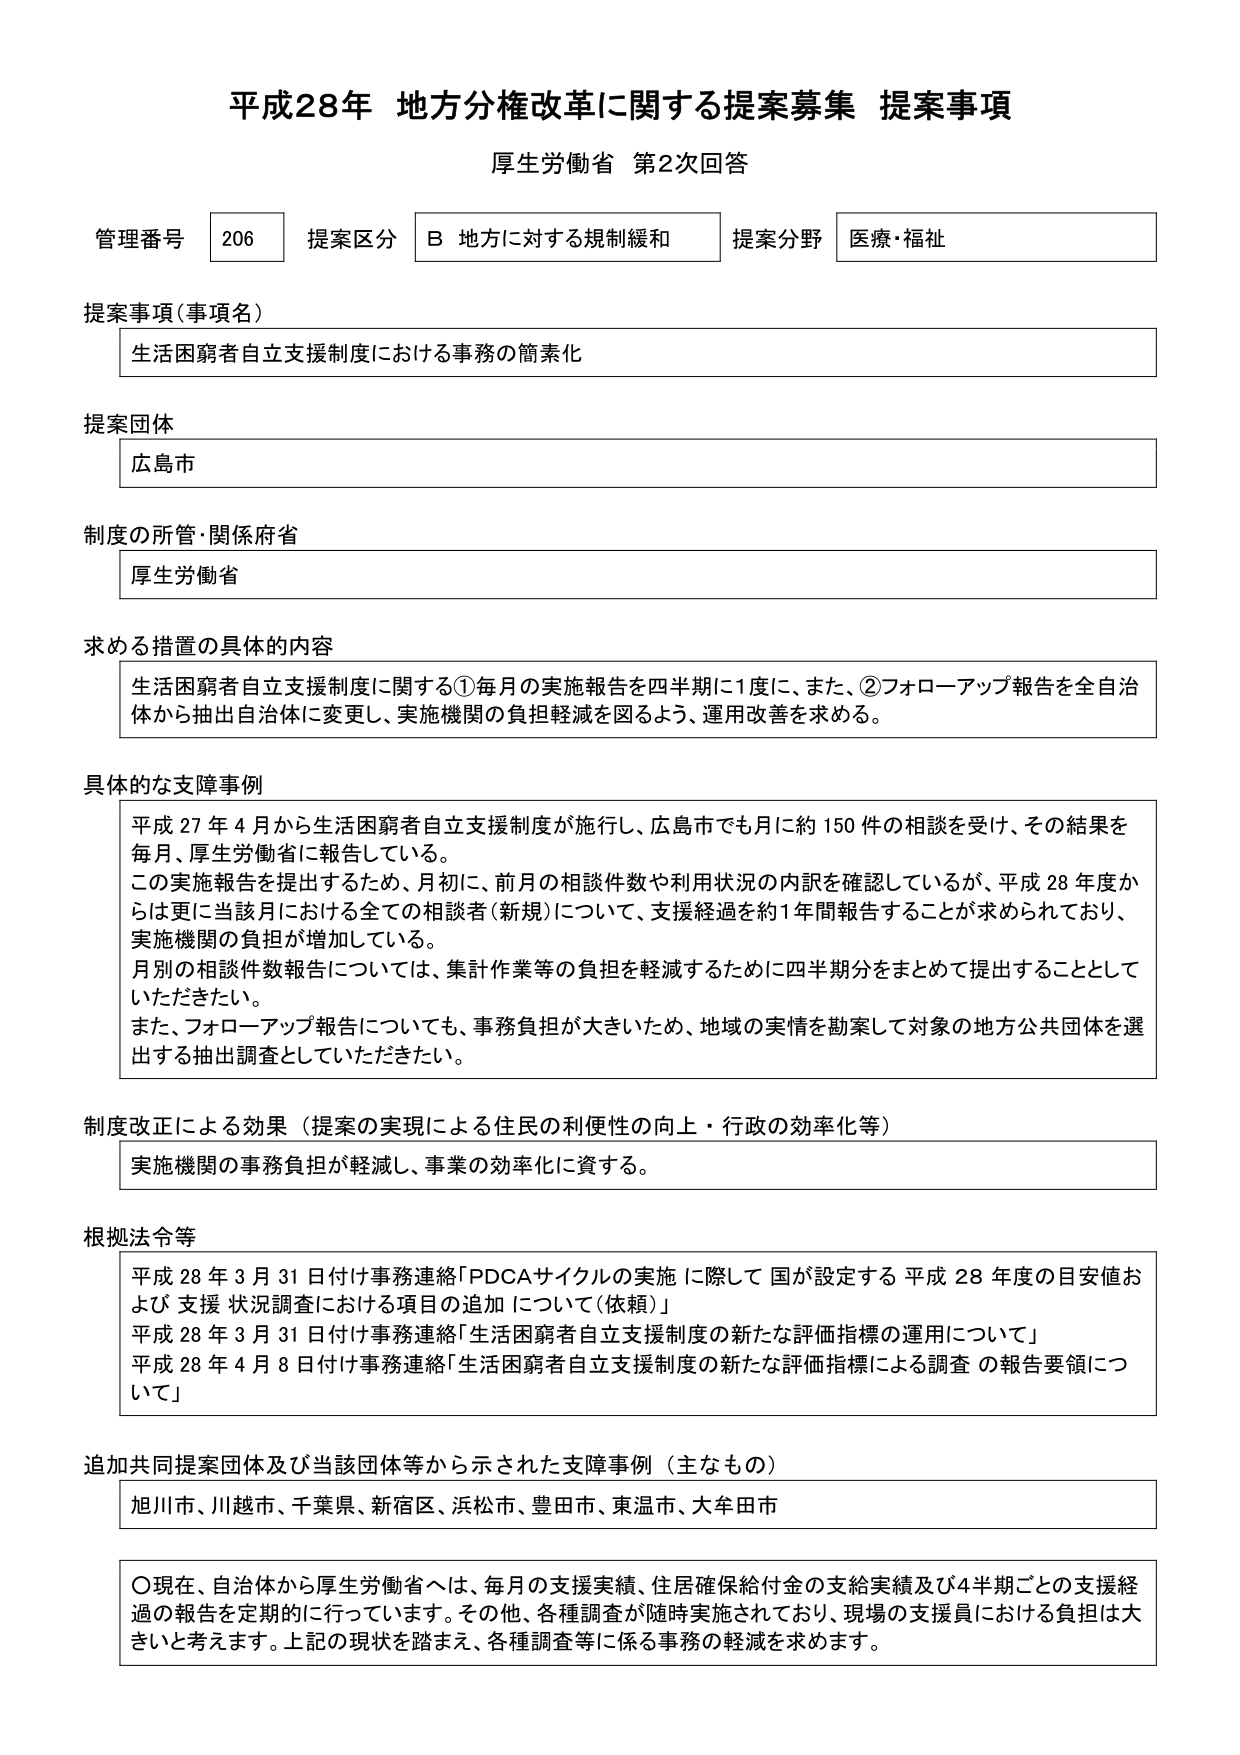
平成28年 地方分権改革に関する提案募集 提案事項
厚生労働省 第2次回答

管理番号 206 提案区分 B 地方に対する規制緩和 提案分野 医療・福祉

提案事項（事項名）
生活困窮者自立支援制度における事務の簡素化

提案団体
広島市

制度の所管・関係府省
厚生労働省

求める措置の具体的内容
生活困窮者自立支援制度に関する①毎月の実施報告を四半期に1度に、また、②フォローアップ報告を全自治体から抽出自治体に変更し、実施機関の負担軽減を図るよう、運用改善を求める。

具体的な支障事例
平成27年4月から生活困窮者自立支援制度が施行し、広島市でも月に約150件の相談を受け、その結果を毎月、厚生労働省に報告している。
この実施報告を提出するため、月初に、前月の相談件数や利用状況の内訳を確認しているが、平成28年度からは更に当該月における全ての相談者（新規）について、支援経過を約1年間報告することが求められており、実施機関の負担が増加している。
月別の相談件数報告については、集計作業等の負担を軽減するために四半期分をまとめて提出することとしていただきたい。
また、フォローアップ報告についても、事務負担が大きいため、地域の実情を勘案して対象の地方公共団体を選出する抽出調査としていただきたい。

制度改正による効果（提案の実現による住民の利便性の向上・行政の効率化等）
実施機関の事務負担が軽減し、事業の効率化に資する。

根拠法令等
平成28年3月31日付け事務連絡「PDCAサイクルの実施に際して国が設定する平成28年度の目安値および支援状況調査における項目の追加について（依頼）」
平成28年3月31日付け事務連絡「生活困窮者自立支援制度の新たな評価指標の運用について」
平成28年4月8日付け事務連絡「生活困窮者自立支援制度の新たな評価指標による調査の報告要領について」

追加共同提案団体及び当該団体等から示された支障事例（主なもの）
旭川市、川越市、千葉県、新宿区、浜松市、豊田市、東温市、大牟田市

〇現在、自治体から厚生労働省へは、毎月の支援実績、住居確保給付金の支給実績及び4半期ごとの支援経過の報告を定期的に行っています。その他、各種調査が随時実施されており、現場の支援員における負担は大きいと考えます。上記の現状を踏まえ、各種調査等に係る事務の軽減を求めます。